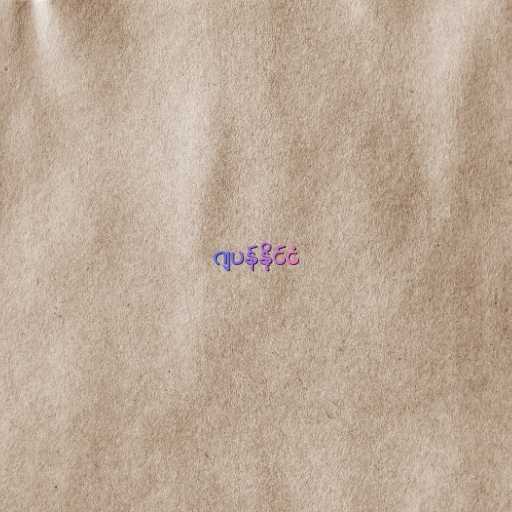
ဂျပန်နိုင်ငံ